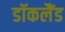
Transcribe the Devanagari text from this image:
डॉकलैंड